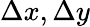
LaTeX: \Delta x,\Delta y